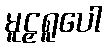
မူဠှရူပေါ